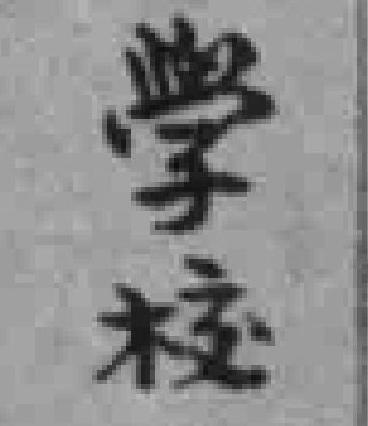
學校